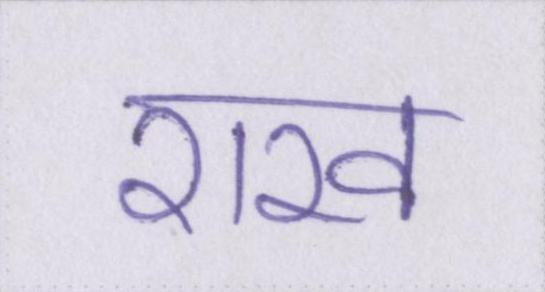
राख